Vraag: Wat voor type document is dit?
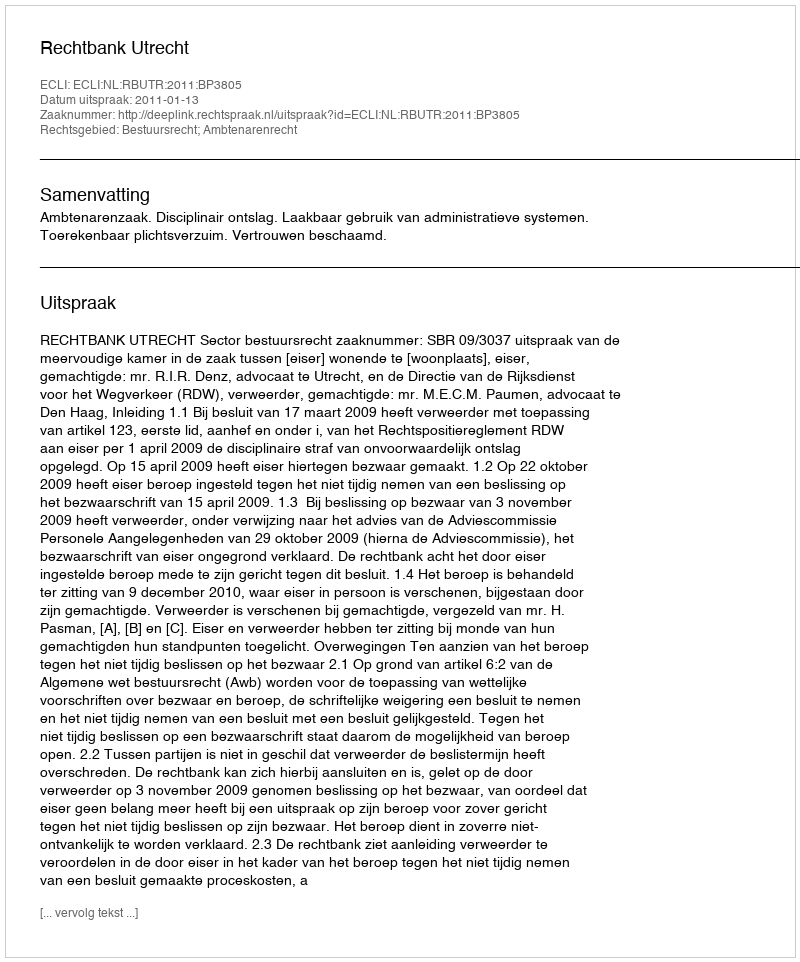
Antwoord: Uitspraak